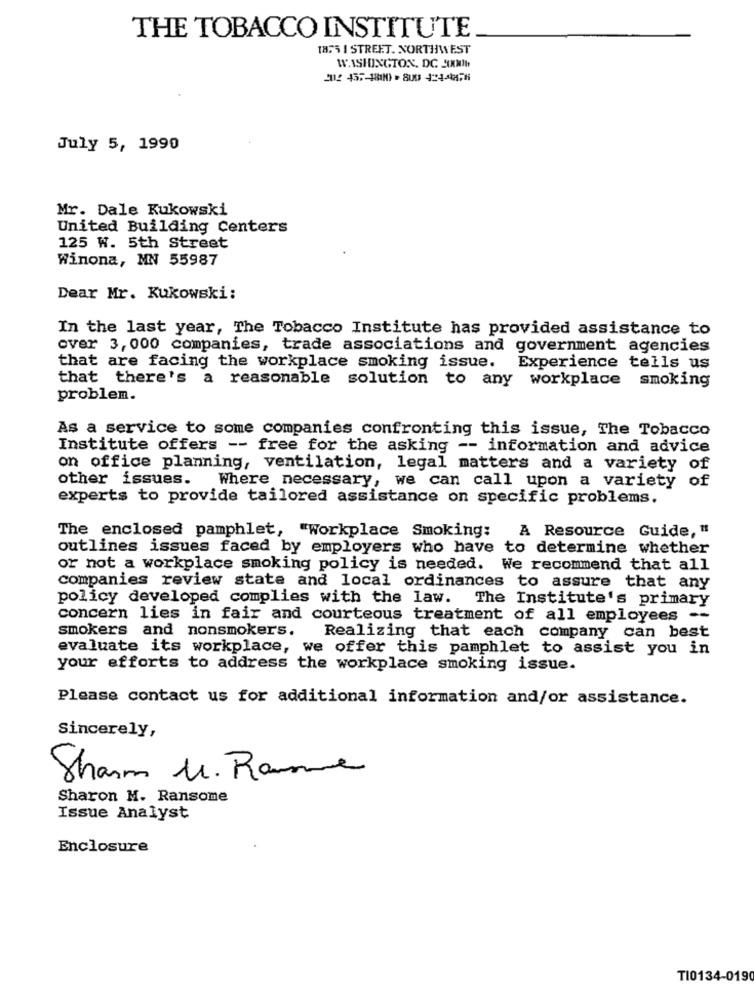
THE TOBACCO INSTITUTE
1854 1 STREET. NORTHWEST
WASHINGTON, DC SMIL
2012 457-18110 - 800 424478
July 5, 1990
Mr. Dale Kukowski
United Building Centers
125 W. 5th Street
Winona, MN 55987
Dear Mr. Kukowski:
In the last year, The Tobacco Institute has provided assistance to
over 3, 000 companies, trade associations and government agencies
that are facing the workplace smoking issue. Experience tells us
that there's a reasonable solution to any workplace smoking
problem.
As a service to some companies confronting this issue, The Tobacco
Institute offers -- free for the asking -- information and advice
on office planning, ventilation, legal matters and a variety of
other issues.
Where necessary, we can call upon a variety of
experts to provide tailored assistance on specific problems.
The enclosed pamphlet, "Workplace Smoking:
A Resource Guide, "
outlines issues faced by employers who have to determine whether
or not a workplace smoking policy is needed. We recommend that all
companies review state and local ordinances to assure that any
policy developed complies with the law. The Institute's primary
concern lies in fair and courteous treatment of all employees --
smokers and nonsmokers.
Realizing that each company can best
evaluate its workplace, we offer this pamphlet to assist you in
your efforts to address the workplace smoking issue.
Please contact us for additional information and/or assistance.
Sincerely,
Sharm M. Ramme
Sharon M. Ransome
Issue Analyst
Enclosure
TI0134-0190